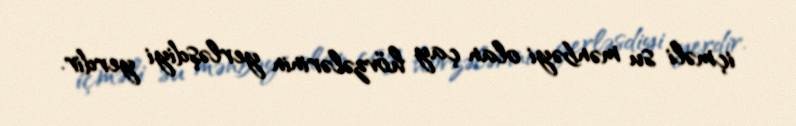
içməli su mənbəyi olan çay hövzələrinin yerləşdiyi yerdir.